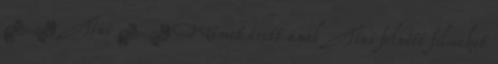
▪ Tini ▪ Német érett anal Tini felnőtt filmeket